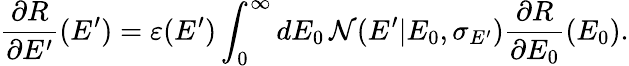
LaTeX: {\frac{\partial R}{\partial E^{\prime}}(E^{\prime})}=\varepsilon(E^{\prime})\int_{0}^{\infty}\mathop{dE_{0}}\mathcal{N}(E^{\prime}|E_{0},\sigma_{E^{\prime}}){\frac{\partial R}{\partial E_{0}}(E_{0})}.